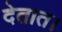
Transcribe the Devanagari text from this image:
देतात।